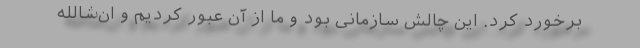
برخورد کرد. این چالش سازمانی بود و ما از آن عبور کردیم و ان‌شالله